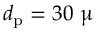
d _ { \mathrm { p } } = 3 0 ~ \upmu